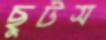
ছুটস